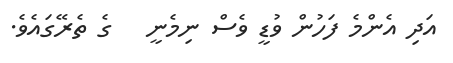
އަދި އެންމެ ފަހުން ވުޑީ ވެސް ނިމެނީ   ގެ ތެރޭގައެވެ.